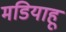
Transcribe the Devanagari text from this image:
मडियाहू